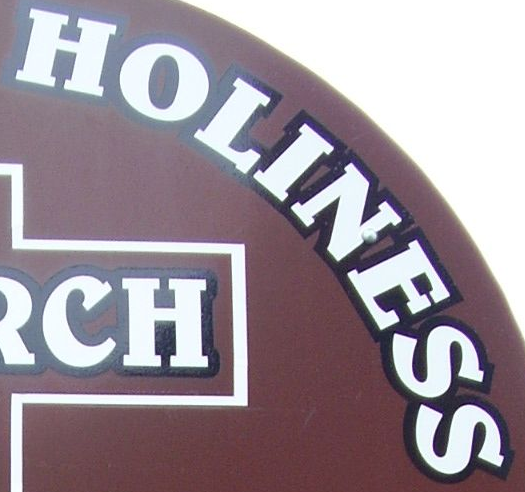
HOLINESS